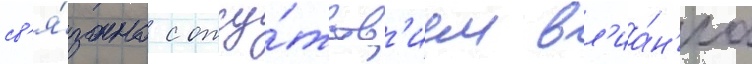
св'я́зано с отсу́тств'ием вл'иа́н'иа